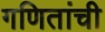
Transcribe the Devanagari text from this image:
गणितांची